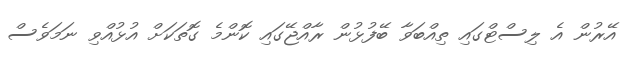
އޭރުން އެ ލިސްޓްގައި ތިއްބަވާ ބޭފުޅުން ރާއްޖޭގައި ކޮންމެ ގޮތަކަށް އުޅުއްވި ނަމަވެސް